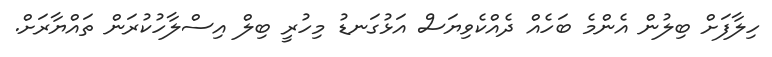
ހިލާފަށް ބިލުން އެންމެ ބަހެއް ދެއްކެވިޔަސް އަޅުގަނޑު މިހުރީ ބިލް އިސްލާހުކުރަން ތައްޔާރަށް.